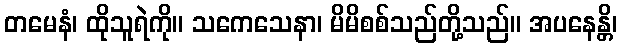
တမေနံ၊ ထိုသူရဲကို။ သကေသေနာ၊ မိမိစစ်သည်တို့သည်။ အပနေန္တိ၊